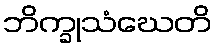
ဘိက္ခုသံဃေတိ